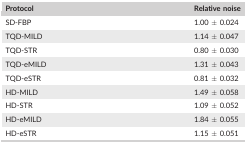
| Protocol | Relative noise |
 | --- | --- |
 | SD‐FBP | 1.00 ± 0.024 |
 | TQD‐MILD | 1.14 ± 0.047 |
 | TQD‐STR | 0.80 ± 0.030 |
 | TQD‐eMILD | 1.31 ± 0.043 |
 | TQD‐eSTR | 0.81 ± 0.032 |
 | HD‐MILD | 1.49 ± 0.058 |
 | HD‐STR | 1.09 ± 0.052 |
 | HD‐eMILD | 1.84 ± 0.055 |
 | HD‐eSTR | 1.15 ± 0.051 |